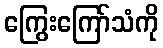
ကြွေးကြော်သံကို